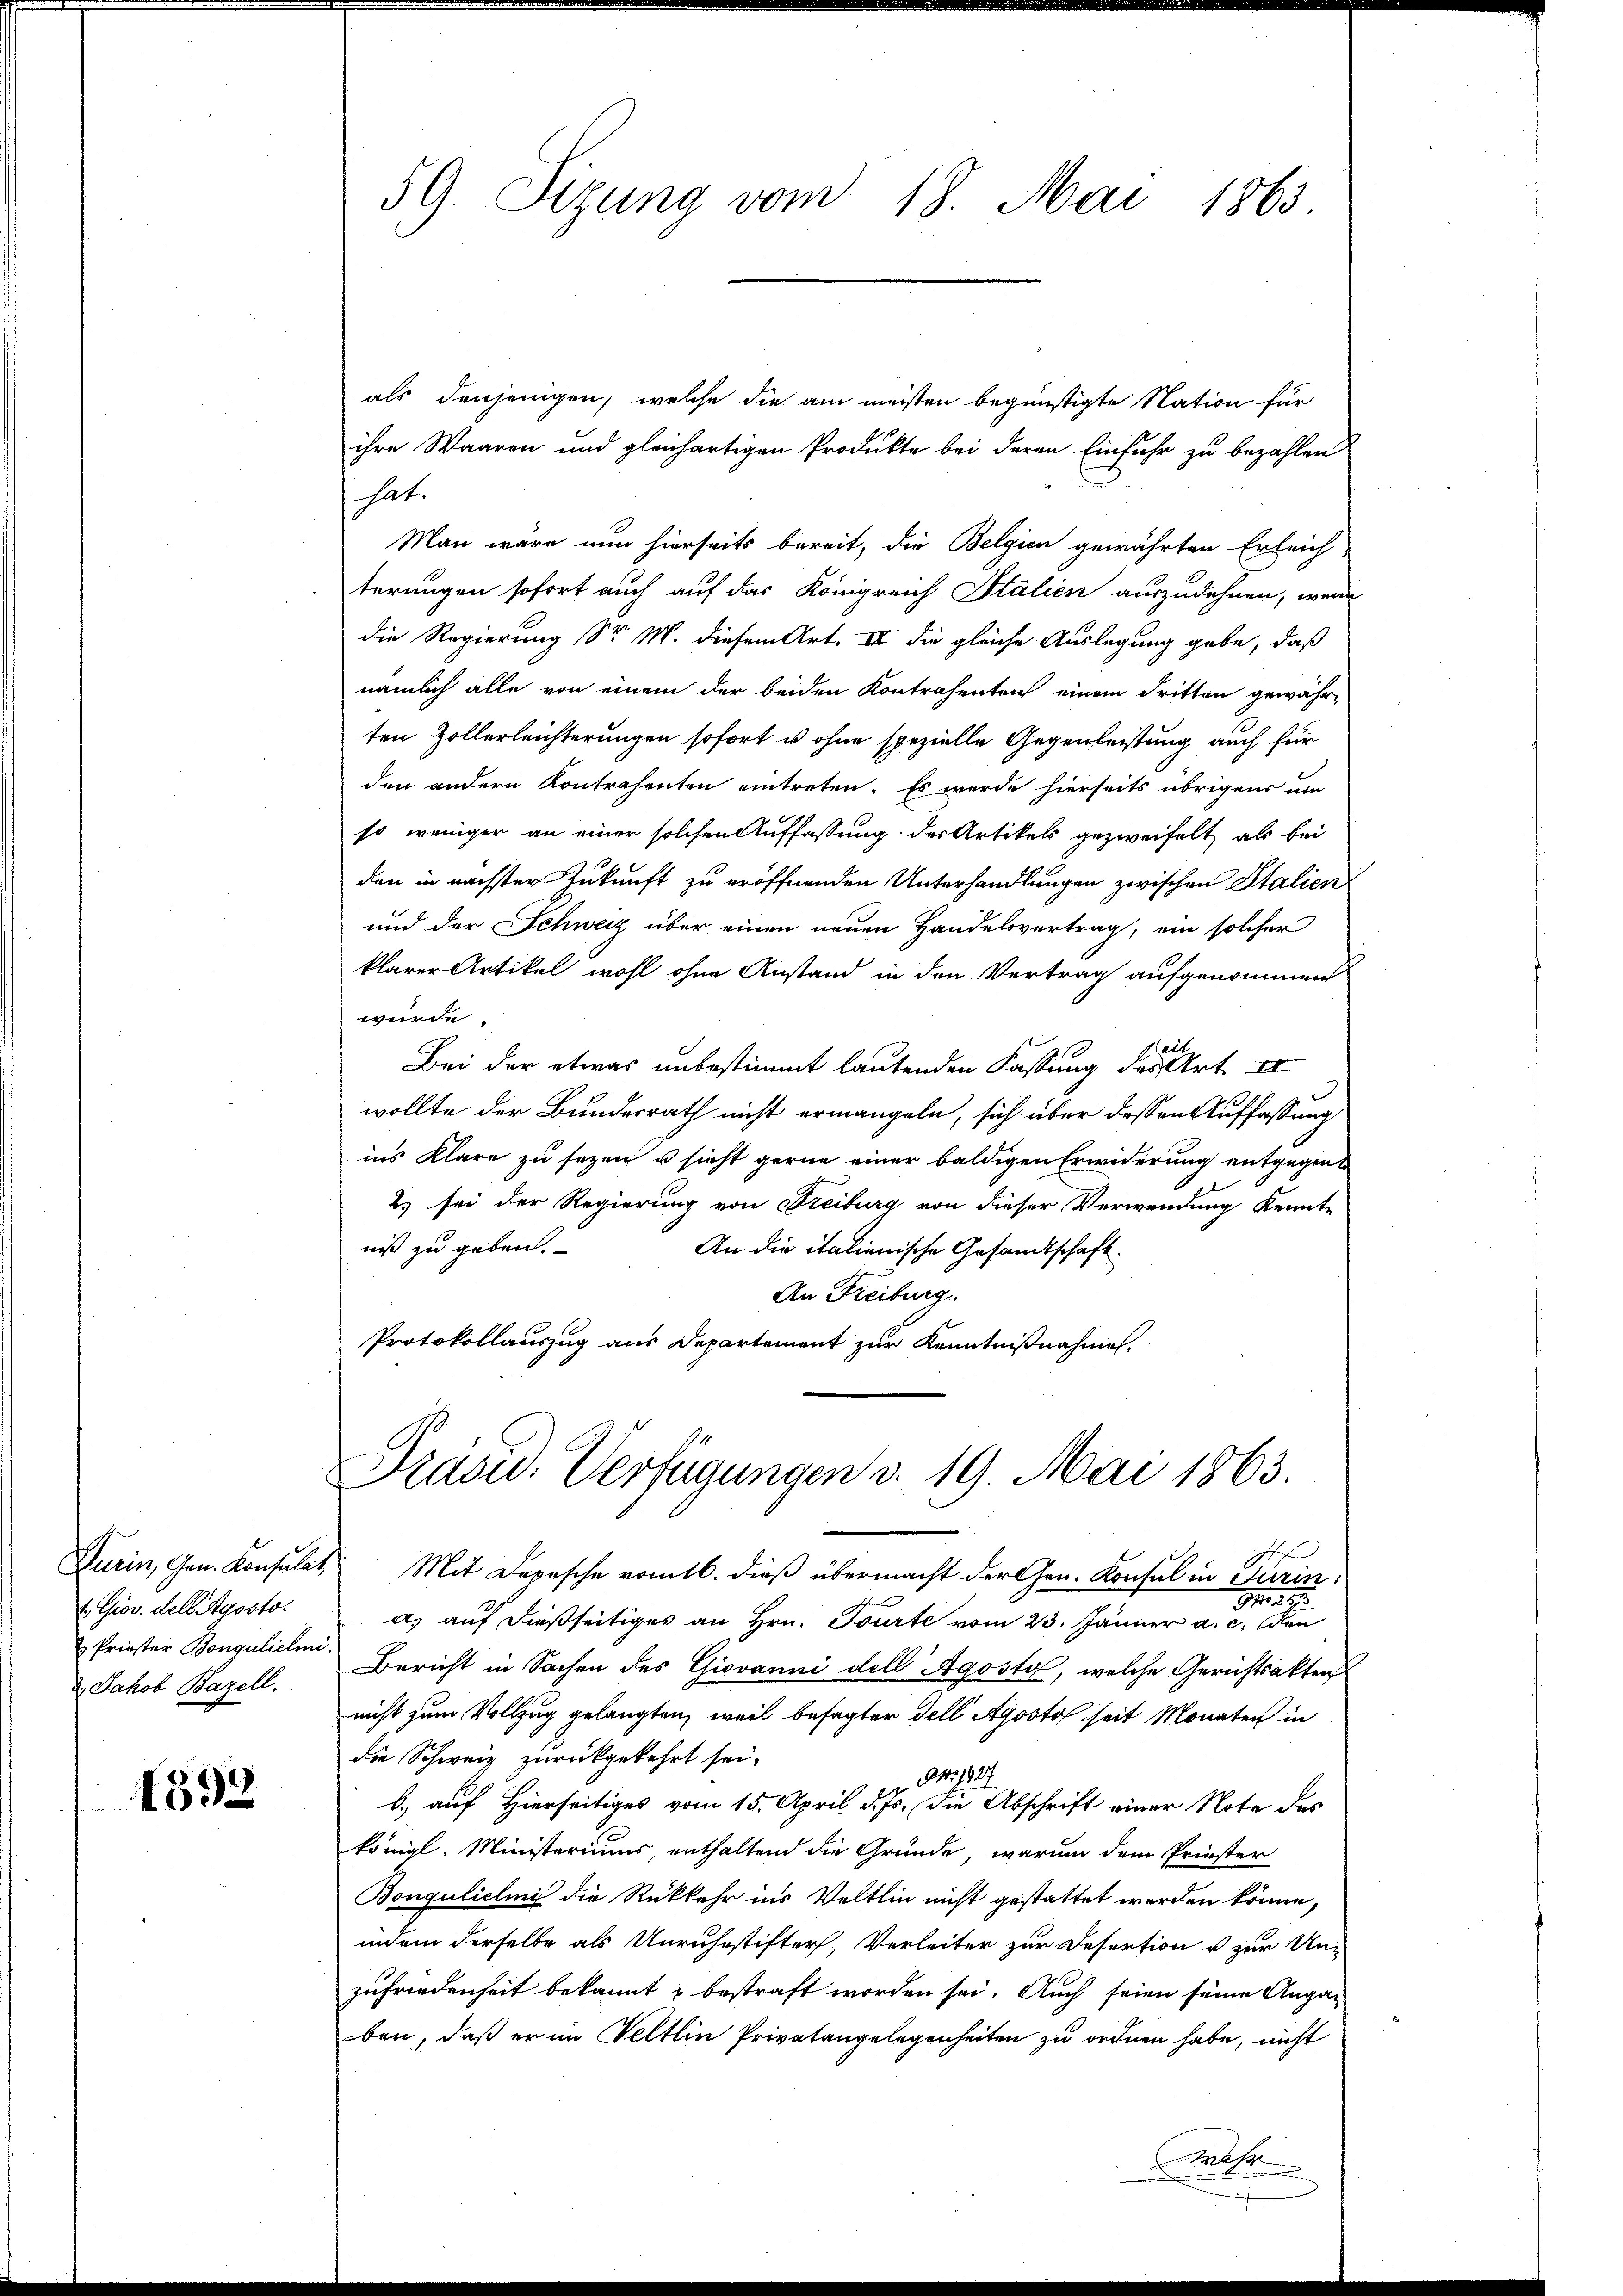
Furin, Gen. Konsulat,
t. Giov. dell Agosto.
 Priester Bonguliclini.
2. Jakob Bazell.

1592

als denjenigen, welche die am meisten begünstigte Nation für
ihre Waaren und gleichartigen Produkte bei deren Einfahr zu bezahlen
hat.
Man wäre nun hierseits bereit, die Belgien gewährten Erleich
terungen sofort auch auf das Königreich Italien auszudehnen, wenn
die Regierung Sr. M. diesem Art. III die gleiche Auslegung gebe, daß
nämlich alle von einem der beiden Kontrahenten einem dritten gewähr
ten Zollerleichterungen sofort u ohne spezielle Gegenleistung auch für
den andern Kontrahenten eintreten. Es wurde hierseits übrigens um
so weniger an einer solchen Auffassung der Artikels gezweifelt, als bei
den in nächster Zukunft zu eröffnenden Unterhandlungen zwischen Italien
und der Schweiz über einen neuen Handelsvertrag, ein solcher
klarer Artikel wohl ohne Anstand in den Vertrag aufgenommen
würde.
Heit
Bei der etwas unbestimmt lautenden Fassung des Art er
wollte der Bundesrath nicht ermangeln, sich über dessen Auffassung
ins klare zu sezen u sicht gerne einer baldigen Erwiderung entgegent
2) sei der Regierung von Freiburg von dieser Verwendung kennte
niß zu geben.
An die italienische Gesandtschaft.
An Freiburg.
Protokollauszug aus Departement zur Kenntnißnahmen.

59. Sizung vom 18. Mai 1863.

Drasu. Verfügungen v. 19. Mai 1863.

Mit Depesche romtl. dieß übermacht der Gen. Konsul in Turin:
94. 21
a) auf dießseitiges an Hrn. Tourte vom 23. Jänner a. c. den
Bericht in Sachen des Giovanni dell Agosta, welche Gerichtsakten
nicht zum Vollzug gelangten, weil besagter Fell Agosto seit Monaten in
die Schweiz zurückgekehrt sei.
OM. 1827
b.) auf Hierseitiges vom 15. April d. Js. die Abschrift einer Note des
königl. Ministeriums enthaltend die Gründe, warum dem Priester
Bonguliclini die Rückkehr ins Veltlin nicht gestattet werden könne,
indem derselbe als Unruhestifter, Verleiter zur Desertion u zur Unzufriedenheit bekannt u bestraft worden sei. Auch seien seine Angan
ben, daß er im Veltlin Privatangelegenheiten zu ordnen habe, nicht
Mahr